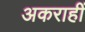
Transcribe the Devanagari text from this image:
अकराहीं